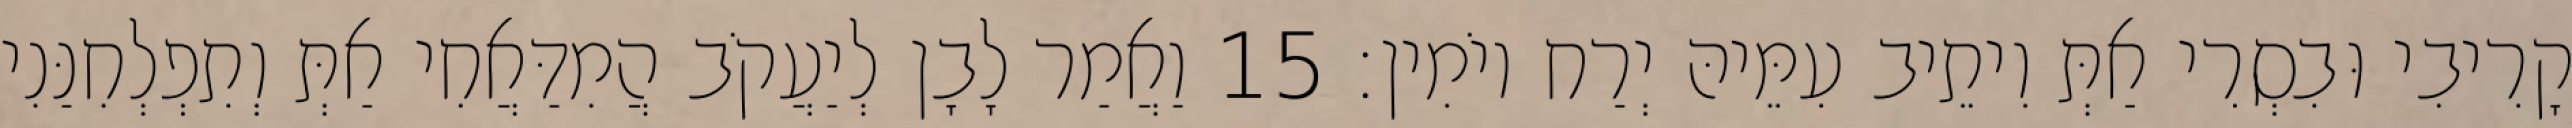
קָרִיבִי וּבִסְרִי אַתְּ וִיתֵיב עִמֵּיהּ יְרַח יוֹמִין׃ 15 וַאֲמַר לָבָן לְיַעֲקֹב הֲמִדַּאֲחִי אַתְּ וְתִפְלְחִנַּנִי